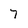
Character: 7